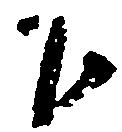
下